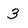
Character: 3